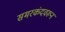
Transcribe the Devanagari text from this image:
समरकंदवरून